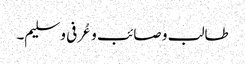
طالب و صائب و عُرفی و سلیم۔